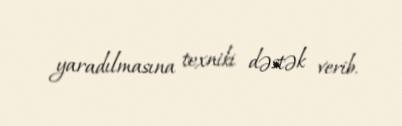
yaradılmasına texniki dəstək verib.